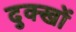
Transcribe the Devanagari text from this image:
दुक्खों